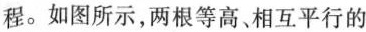
程。如图所示，两根等高、相互平行的